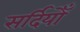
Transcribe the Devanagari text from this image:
सर्दियोँ